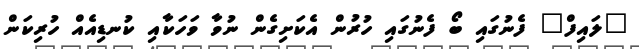
"ލައިފް" ފެނުގައި ބޯ ފެނުގައި ހުރުން އެކަށިގެން ނުވާ ވަހަކާއި ކުނޑިއެއް ހުރިކަން